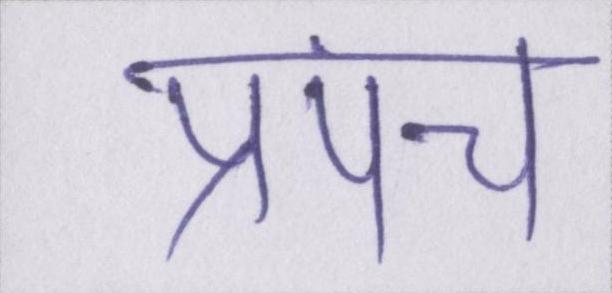
प्रपंच